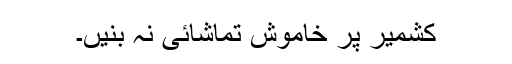
کشمیر پر خاموش تماشائی نہ بنیں۔